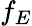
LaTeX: f_{E}